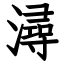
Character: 潯